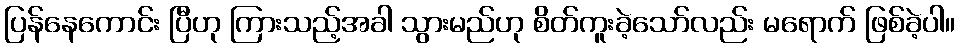
ပြန်နေကောင်း ပြီဟု ကြားသည့်အခါ သွားမည်ဟု စိတ်ကူးခဲ့သော်လည်း မရောက် ဖြစ်ခဲ့ပါ။